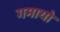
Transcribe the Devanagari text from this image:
गमायो